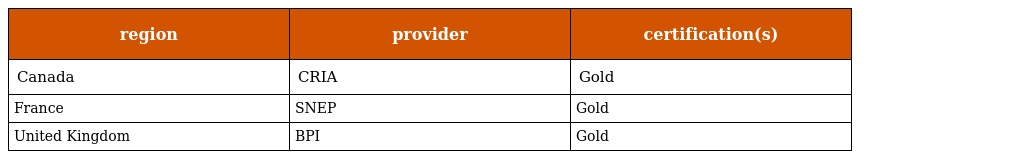
| region | provider | certification(s) |
 | --- | --- | --- |
 | Canada | CRIA | Gold |
 | France | SNEP | Gold |
 | United Kingdom | BPI | Gold |